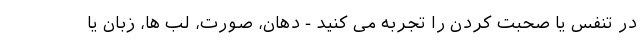
در تنفس یا صحبت کردن را تجربه می کنید - دهان، صورت، لب ها، زبان یا